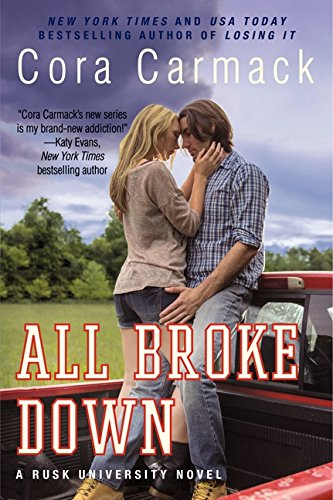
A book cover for All Broke Down: A Rusk University Novel; Cora Carmack; Romance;